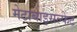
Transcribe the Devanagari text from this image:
मेटाबाइसल्फेट